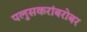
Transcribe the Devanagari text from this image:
पलुसकरांबरोबर